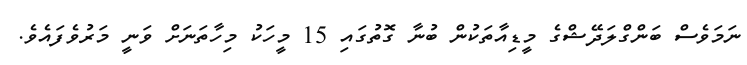
ނަމަވެސް ބަންގްލަދޭޝްގެ މީޑިއާތަކުން ބުނާ ގޮތުގައި 15 މީހަކު މިހާތަނަށް ވަނީ މަރުވެފައެވެ.